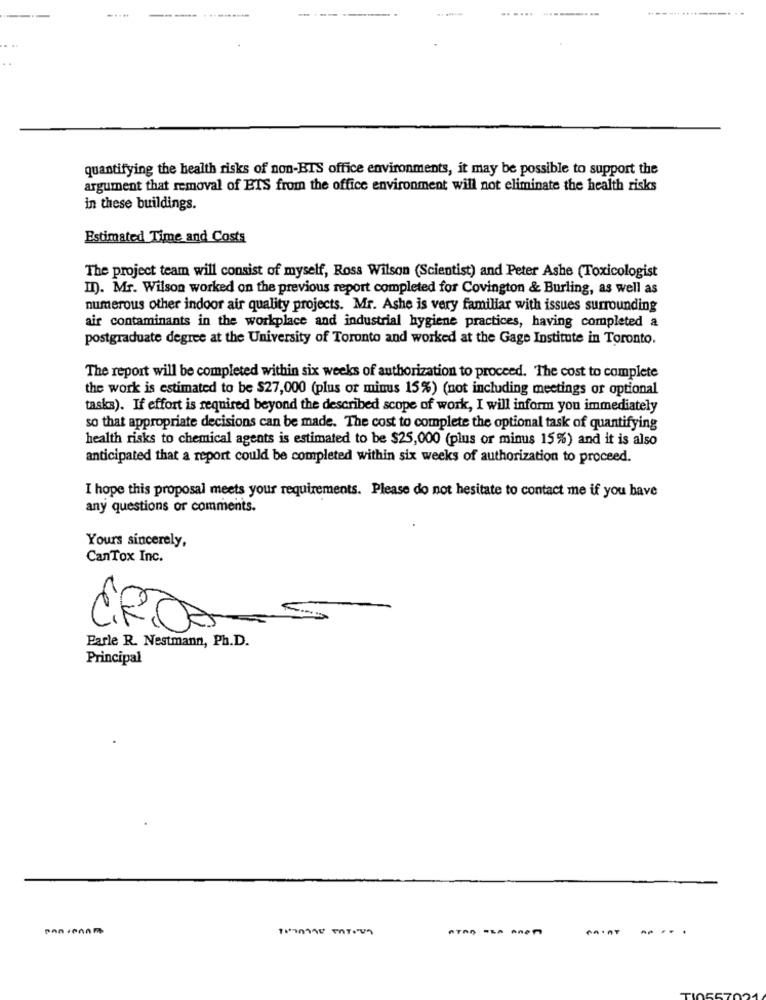
.......
----.. ....---. ..
quantifying the health risks of non-BIS office environments, it may be possible to support the
argument that removal of ETS from the office environment will not eliminate the health risks
in these buildings.
Estimated Time and Costs
The project team will consist of myself, Ross Wilson (Scientist) and Peter Ashe (Toxicologist
II). Mr. Wilson worked on the previous report completed for Covington & Burling, as well as
numerous other indoor air quality projects. Mr. Ashe is very familiar with issues surrounding
air contaminants in the workplace and industrial hygiene practices, having completed a
postgraduate degree at the University of Toronto and worked at the Gage Institute in Toronto.
The report will be completed within six weeks of authorization to proceed. The cost to complete
the work is estimated to be $27,000 (plus or minus 15%) (not including meetings or optional
tasks). If effort is required beyond the described scope of work, I will inform you immediately
so that appropriate decisions can be made. The cost to complete the optional task of quantifying
health risks to chemical agents is estimated to be $25,000 (plus or minus 15%) and it is also
anticipated that a report could be completed within six weeks of authorization to proceed.
I hope this proposal meets your requirements. Please do not hesitate to contact me if you have
any questions or comments.
Yours sincerely,
CanTox Inc.
CROSS
Parle R. Nestmann, Ph.D.
Principal
..